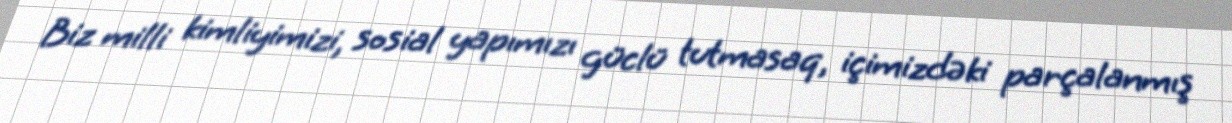
Biz milli kimliyimizi, sosial yapımızı güclü tutmasaq, içimizdəki parçalanmış